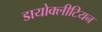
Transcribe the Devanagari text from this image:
डायोक्लीटियन